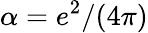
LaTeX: \alpha=e^{2}/(4\pi)